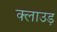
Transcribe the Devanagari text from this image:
क्लाउड़